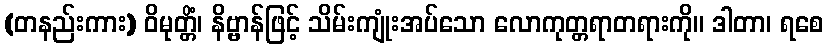
(တနည်းကား) ဝိမုတ္တိံ၊ နိဗ္ဗာန်ဖြင့် သိမ်းကျုံးအပ်သော လောကုတ္တရာတရားကို။ ဒါတာ၊ ရစေ